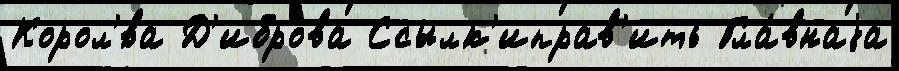
Корол'́ва Д'иброва Ссылк'иправ'ить Гла́внаjа